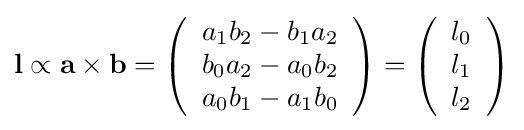
\mathbf {l} \propto \mathbf {a} \times \mathbf {b} =\left({\begin{array}{c}a_{1}b_{2}-b_{1}a_{2}\\b_{0}a_{2}-a_{0}b_{2}\\a_{0}b_{1}-a_{1}b_{0}\end{array}}\right)=\left({\begin{array}{c}l_{0}\\l_{1}\\l_{2}\end{array}}\right)